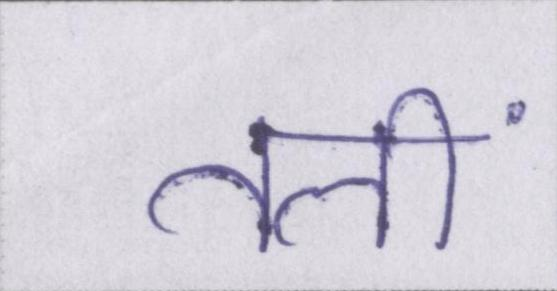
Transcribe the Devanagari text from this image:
तलीं